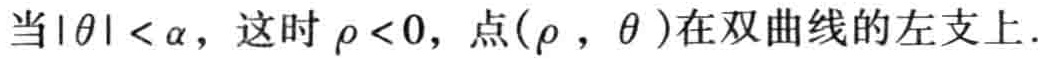
当\(|\theta| < \alpha\)，这时\(\rho < 0\)，点\((\rho,\theta)\)在双曲线的左支上.